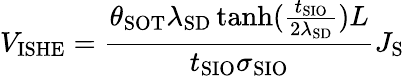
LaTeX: V_{\mathrm{{ISHE}}}=\frac{\theta_{\mathrm{{SOT}}}\lambda_{\mathrm{{SD}}}\operatorname{tanh}(\frac{t_{\mathrm{{SIO}}}}{2\lambda_{\mathrm{{SD}}}})L}{t_{\mathrm{{SIO}}}\sigma_{\mathrm{{SIO}}}}J_{\mathrm{{S}}}